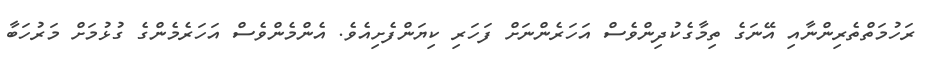
ރަހުމަތްތެރިންނާއި އޭނަގެ ތިމާގެކުދިންވެސް އަހަރެންނަށް ފަހަރި ކިޔަންފެށިއެވެ. އެންމެންވެސް އަހަރެމެންގެ ގުޅުމަށް މަރުހަބާ